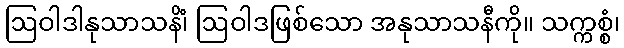
ဩဝါဒါနုသာသနိံ၊ ဩဝါဒဖြစ်သော အနုသာသနီကို။ သက္ကစ္စံ၊